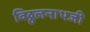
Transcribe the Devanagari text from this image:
विठ्ठलनाथजी